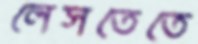
লেসতেতে